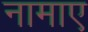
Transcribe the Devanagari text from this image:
नामाए